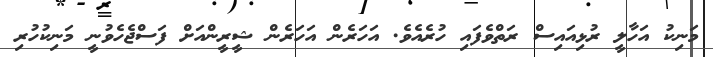
މަނިކު އަހާލީ ރުޅިއައިސް ރަތްވެފައި ހުރެއެވެ. އަހަރެން އަހަރެން ޝީރީންއަށް ފަސްޖެހެވުނީ މަނިކުހުރި